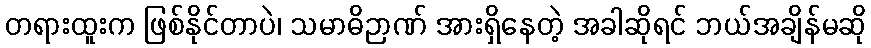
တရားထူးက ဖြစ်နိုင်တာပဲ၊ သမာဓိဉာဏ် အားရှိနေတဲ့ အခါဆိုရင် ဘယ်အချိန်မဆို